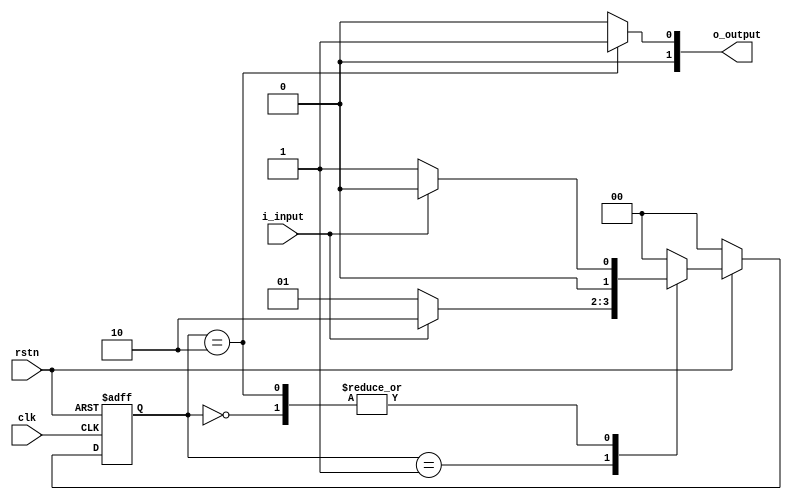
module moore (
	input clk,
	input rstn,
	input i_input,
	output reg [1:0] o_output
);

reg [1:0] r_ns;
reg [1:0] r_cs;

parameter 	s_0 = 2'h0,
			s_1 = 2'h1,
			s_2 = 2'h2;

always @(posedge clk or negedge rstn) begin
	if(!rstn)	r_cs <= s_0;
	else		r_cs <= r_ns;
end

always @(*) begin
	if(!rstn)	begin r_ns = s_0; end
	else begin
			case(r_cs)
					s_0 :	if(i_input==2'h0)	begin r_ns = s_1; end
							else				begin r_ns = s_0; end
					s_1 :	if(i_input==2'h1)  	begin r_ns = s_2; end
							else				begin r_ns = s_1; end
					s_2 :	if(i_input==2'h1) 	begin r_ns = s_0; end
							else				begin r_ns = s_1; end
				default : 		r_ns = s_0;
			endcase
	end
end

assign o_output = (r_cs==s_2)? 1'b1 : 1'b0;

endmodule